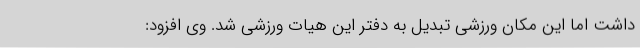
داشت اما این مکان ورزشی تبدیل به دفتر این هیات ورزشی شد. وی افزود: